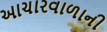
આચારવાળાની